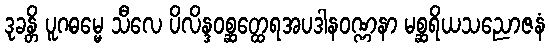
ဒုခန္တိ ပူဂဓမ္မေ သီလေ ပိလိန္ဒဝစ္ဆတ္ထေရအပဒါနဝဏ္ဏနာ မစ္ဆရိယသညောဇနံ